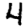
Digit: 4